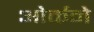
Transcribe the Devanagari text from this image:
ओर्कने